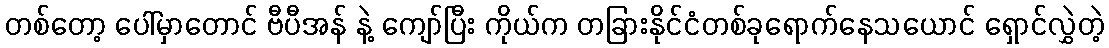
တစ်တော့ ပေါ်မှာတောင် ဗီပီအန် နဲ့ ကျော်ပြီး ကိုယ်က တခြားနိုင်ငံတစ်ခုရောက်နေသယောင် ရှောင်လွှဲတဲ့